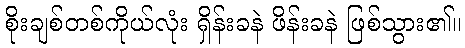
စိုးချစ်တစ်ကိုယ်လုံး ရှိန်းခနဲ ဖိန်းခနဲ ဖြစ်သွား၏။